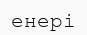
енері